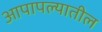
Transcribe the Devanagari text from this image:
आपापल्यातील